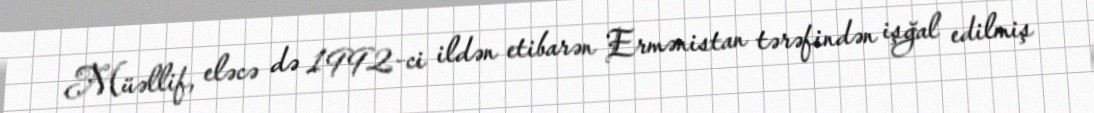
Müəllif, eləcə də 1992-ci ildən etibarən Ermənistan tərəfindən işğal edilmiş